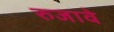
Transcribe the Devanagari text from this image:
रुजावे